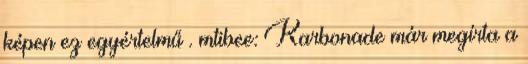
képen ez egyértelmű . mtibee: Karbonade már megírta a